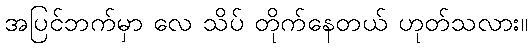
အပြင်ဘက်မှာ လေ သိပ် တိုက်နေတယ် ဟုတ်သလား။